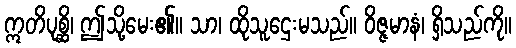
ဣတိပုစ္ဆိ၊ ဤသို့မေး၏။ သာ၊ ထိုသူဌေးမသည်။ ဝိဇ္ဇမာနံ၊ ရှိသည်ကို။